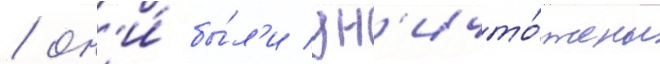
/ он'и́ бы́л'и ун'ичто́жены